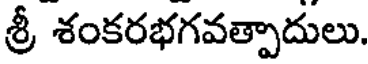
శ్రీ శంకరభగవత్పాదులు.